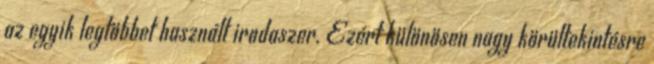
az egyik legtöbbet használt irodaszer. Ezért különösen nagy körültekintésre